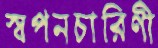
স্বপনচারিণী